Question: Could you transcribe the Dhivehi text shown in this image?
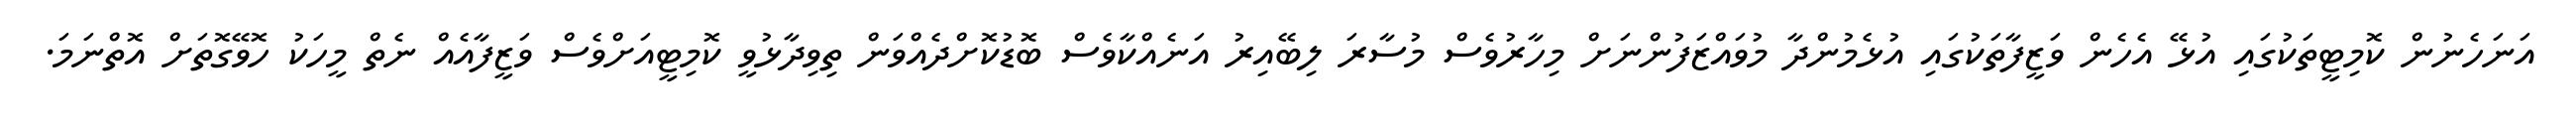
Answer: އަނަހެނުން ކޮމިޓީތަކުގައި އުޅޭ އެހެން ވަޒީފާތަކުގައި އުޅެމުންދާ މުވައްޒަފުންނަށް މިހާރުވެސް މުސާރަ ލިބޭއިރު އަނެއްކާވެސް ބޮޑުކޮށްދެއްވަން ތިވިދާޅުވީ ކޮމިޓީއަށްވެސް ވަޒީފާއެއް ނެތް މީހަކު ހޮވޭގޮތަށް އޮތްނަމަ.